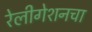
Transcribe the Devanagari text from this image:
रेलीगेशनचा